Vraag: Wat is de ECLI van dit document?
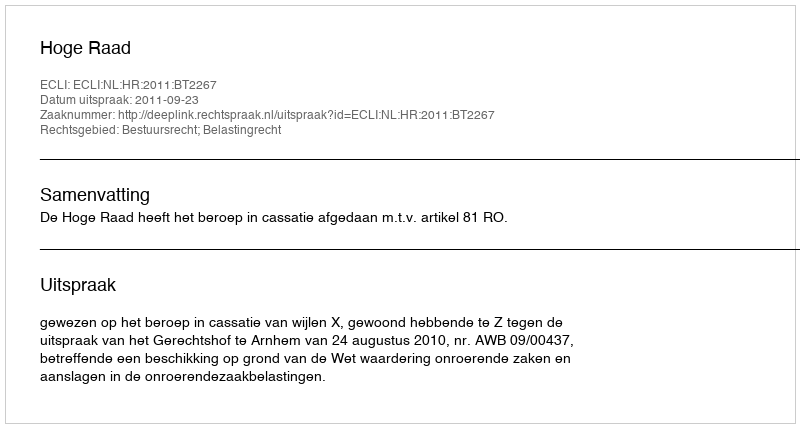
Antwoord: ECLI:NL:HR:2011:BT2267